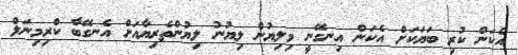
އެކަން ކުރި ބަޔަކަށް އެކަން އިނގޭނީ މިލިޔުން ލިޔުނު ލިޔުންތެރިޔާއަށް އެނގޭބާ ކްރިމިނަލް